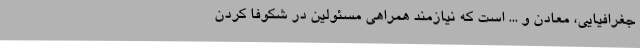
جغرافیایی، معادن و ... است که نیازمند همراهی مسئولین در شکوفا کردن